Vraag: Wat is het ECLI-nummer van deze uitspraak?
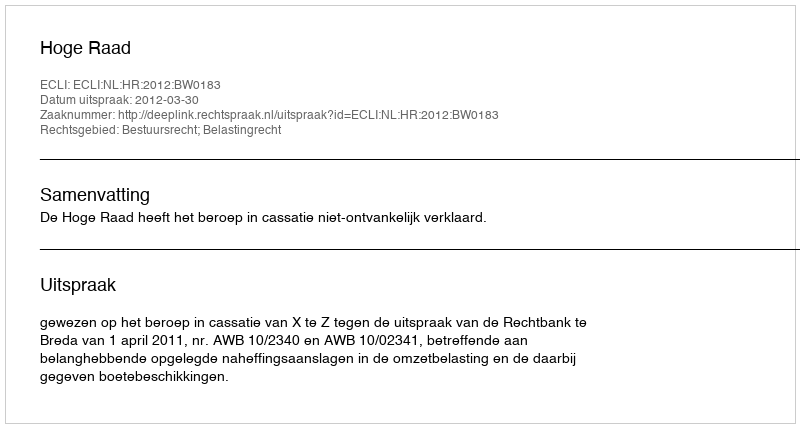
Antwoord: ECLI:NL:HR:2012:BW0183